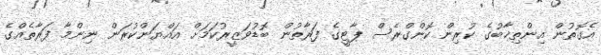
އެގޮތުން އިންތިޚާބުގެ ކުރިން ކޮންގްރެސް ޕާޓީގެ ފަރާތުން ބޮޑުވަޒީރުކަމަށް އައްޔަންކުރަން ނިންމާ ފަރާތެއްގެ